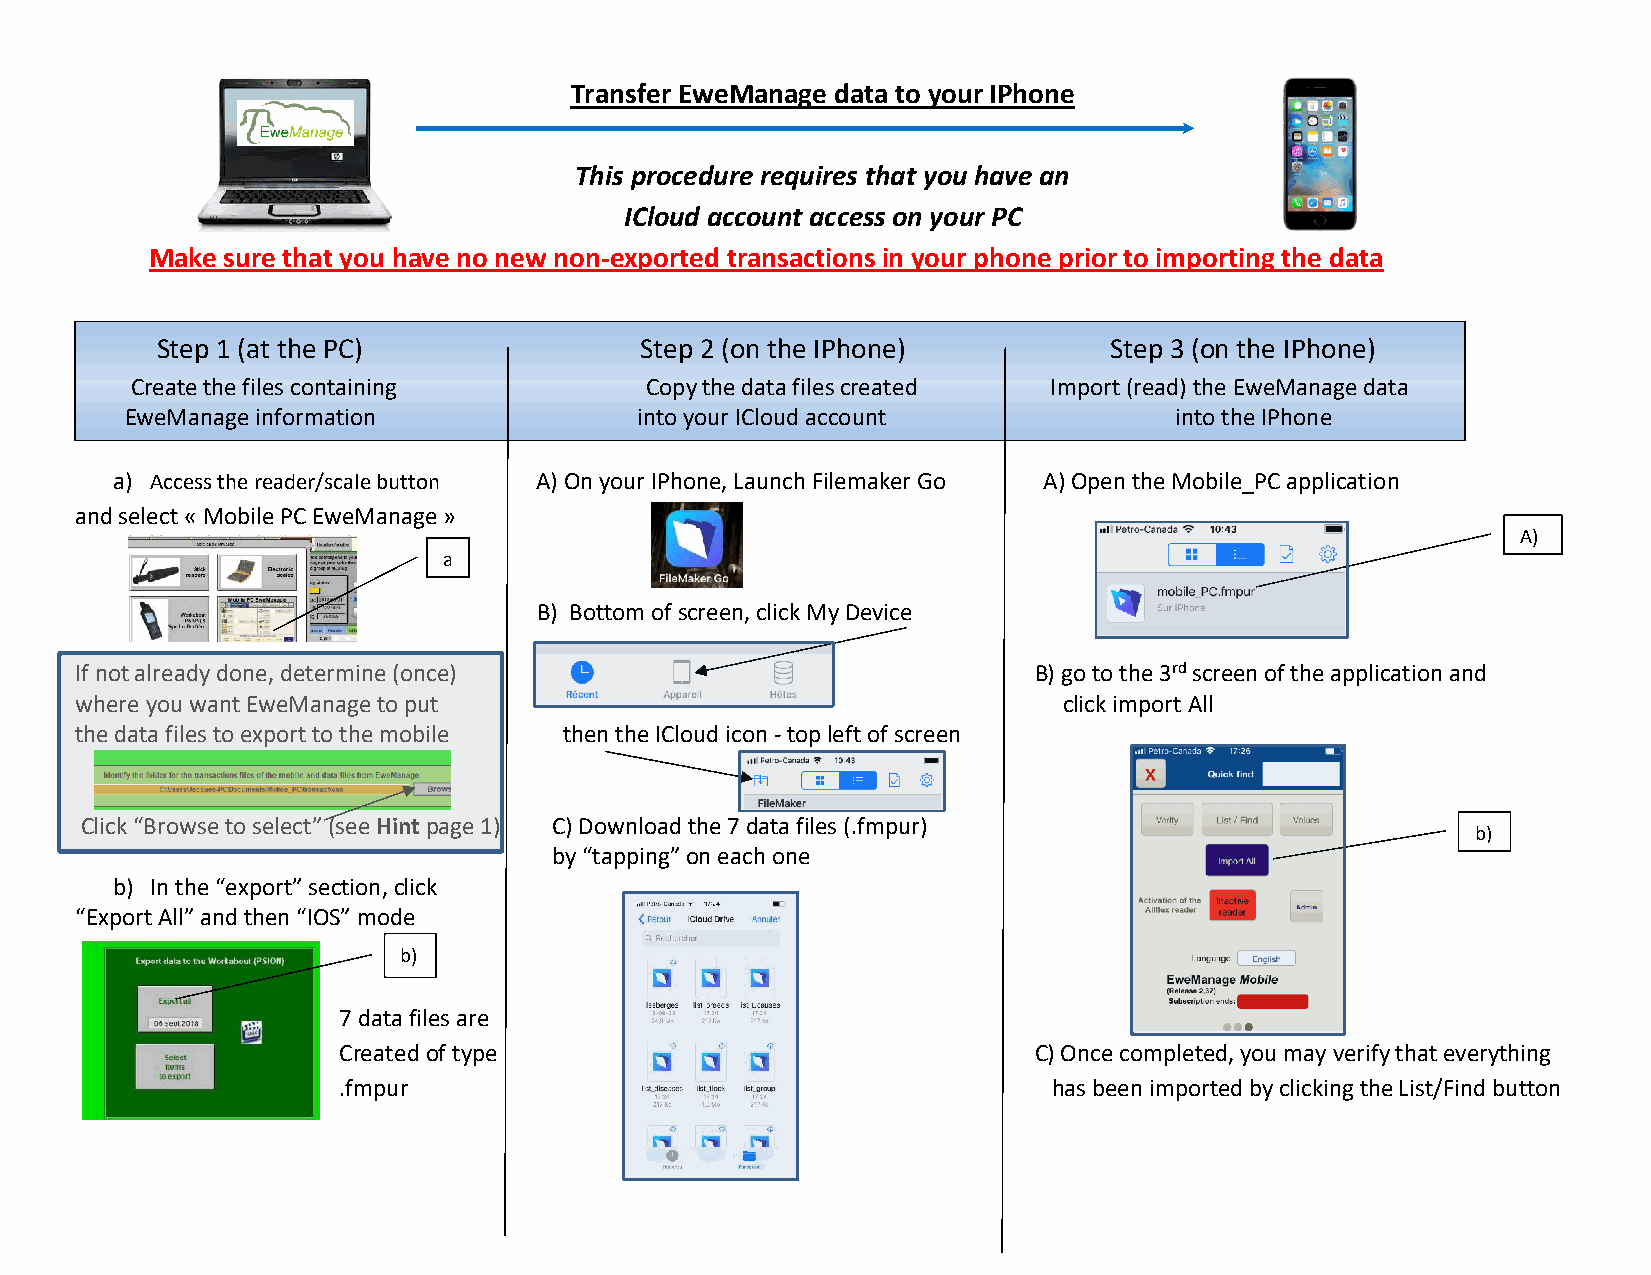
Transfer EweManage data to your IPhone
 This procedure requires that you have an
 ICloud account access on your PC
 Make sure that you have no new non-exported transactions in your phone prior to importing the data
 Step 1 (at the PC)              Step 2 (on the IPhone)         Step 3 (on the IPhone)
 Create the files containing       Copy the data files created Import (read) the EweManage data
 EweManage information             into your ICloud account            into the IPhone
 a) Access the reader/scale button A) On your IPhone, Launch Filemaker Go A) Open the Mobile_PC application
 and select « Mobile PC EweManage »
 A)
 a
 )
 B) Bottom of screen, click My Device
 If not already done, determine (once)                          B) go to the 3rd screen of the application and
 where you want EweManage to put                                  click import All
 the data files to export to the mobile then the ICloud icon - top left of screen
 Click “Browse to select” (see Hint page 1) C) Download the 7 data files (.fmpur)
 b)
 by “tapping” on each one
 b) In the “export” section, click
 “Export All” and then “IOS” mode
 b)
 7 data files are
 Created of type                               C) Once completed, you may verify that everything
 .fmpur                                          has been imported by clicking the List/Find button